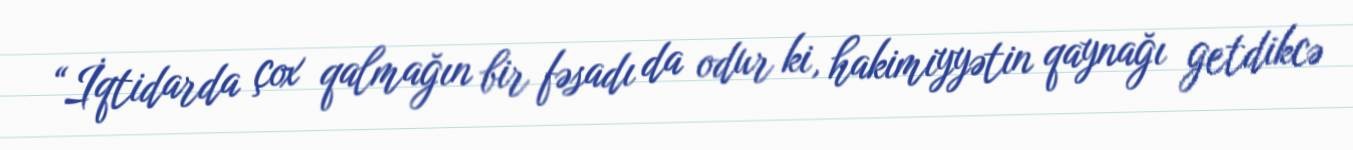
“İqtidarda çox qalmağın bir fəsadı da odur ki, hakimiyyətin qaynağı getdikcə